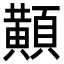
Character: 𪏔